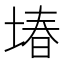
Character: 堾